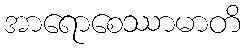
အာရောစေဿာမာတိ